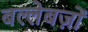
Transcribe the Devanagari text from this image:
बल्लेबज़ों